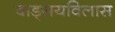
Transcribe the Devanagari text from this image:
वाङ्‌मयविलास